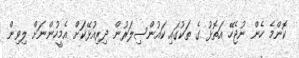
ކޮންމެ ހެން ނުޖެހޭ އަތޮޅު ގެ ތަކުގައި ކައުންސިލަރުން ދިރިއުޅޭކަށް އެމީހުންނަށް ލިވިން